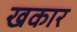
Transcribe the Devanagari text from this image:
खकार